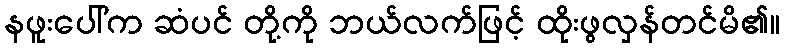
နဖူးပေါ်က ဆံပင် တို့ကို ဘယ်လက်ဖြင့် ထိုးဖွလှန်တင်မိ၏။